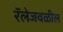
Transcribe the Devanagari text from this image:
रॅलेजवळील